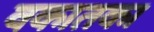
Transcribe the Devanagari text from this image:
वकातका